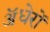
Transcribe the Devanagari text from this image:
ॲधेरों